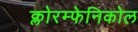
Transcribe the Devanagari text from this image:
क्लोरम्फेनिकोल